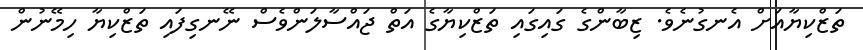
ތަޒްކިޔާއަށް އެނގުނެވެ. ޒިބާންގެ ގައިގައި ތަޒްކިޔާގެ އަތް ޖައްސާލަންވެސް ނޭނގިފައި ތަޒްކިޔާ ހިމޭނުން